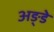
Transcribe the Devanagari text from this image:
अङ्डे